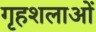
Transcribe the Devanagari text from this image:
गृहशलाओं